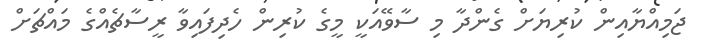
ޖަމިއްޔާއިން ކުރިޔަށް ގެންދާ މި ސާވޭއަކީ މީގެ ކުރިން ހެދިފައިވާ ރީސާޗެއްގެ މައްޗަށް